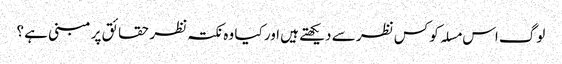
لوگ اس مسلہ کو کس نظر سے دیکھتے ہیں اور کیا وہ نکتہ نظر حقائق پر مبنی ہے ؟